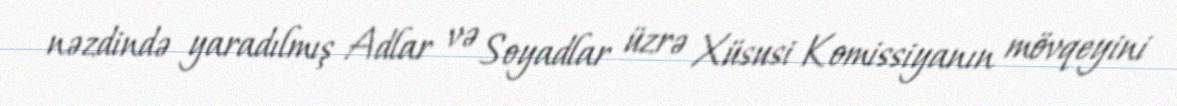
nəzdində yaradılmış Adlar və Soyadlar üzrə Xüsusi Komissiyanın mövqeyini